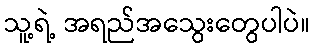
သူ့ရဲ့ အရည်အသွေးတွေပါပဲ။